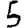
Digit: 5